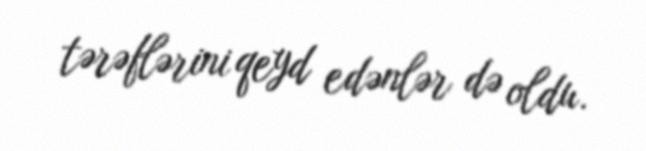
tərəflərini qeyd edənlər də oldu.